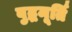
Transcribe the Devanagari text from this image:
बुद्धमूर्ति